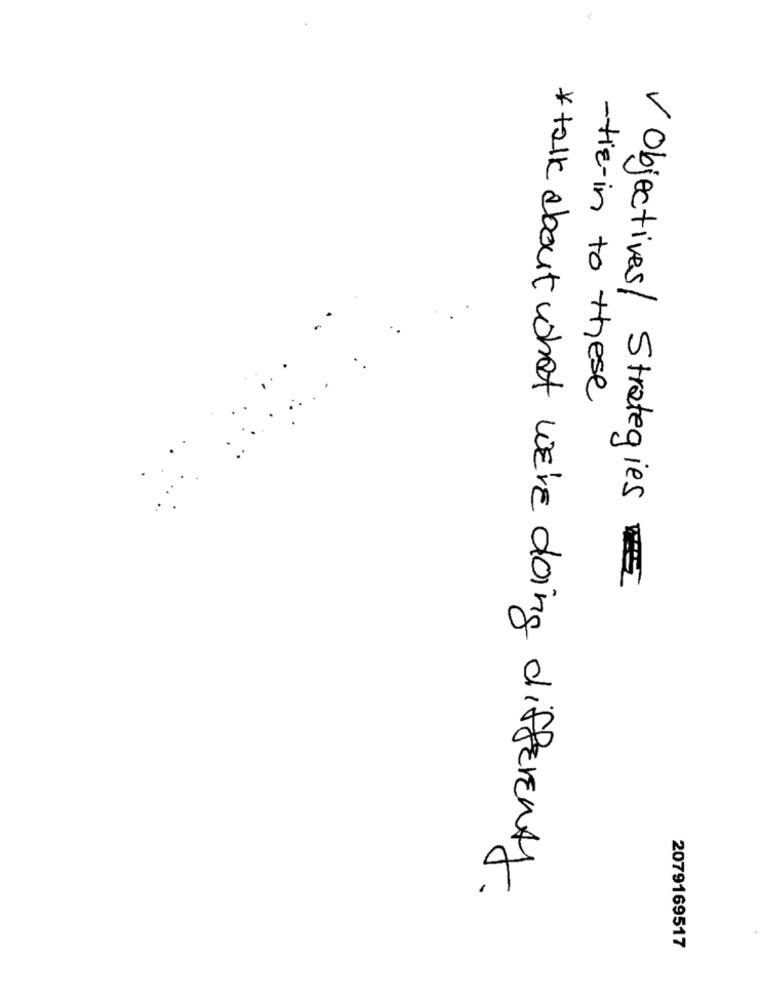
-tie-in to these
V Objectives/ Strategies
*talk about what WE'RE doing differenty
2079169517